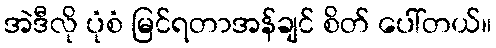
အဲဒီလို ပုံစံ မြင်ရတာအန်ချင် စိတ် ပေါ်တယ်။